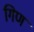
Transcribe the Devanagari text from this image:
गिण